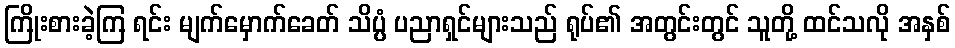
ကြိုးစားခဲ့ကြ ရင်း မျက်မှောက်ခေတ် သိပ္ပံ ပညာရှင်များသည် ရုပ်၏ အတွင်းတွင် သူတို့ ထင်သလို အနှစ်